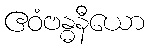
ဧဝံဗန္ဓနီယော